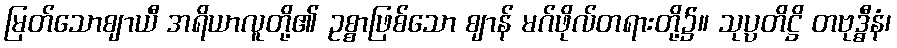
မြတ်သောဈာယီ အရိယာလူတို့၏ ဥစ္စာဖြစ်သော ဈာန် မဂ်ဖိုလ်တရားတို့၌။ သုပ္ပတိဋ္ဌိ တဗုဒ္ဓီနံ၊